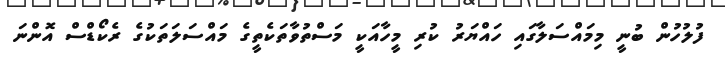
ފުލުހުން ބުނީ މިމައްސަލާގައި ހައްޔަރު ކުރި މީހާއަކީ މަސްތުވާތަކެތީގެ މައްސަލަތަކުގެ ރެކޯޑްސް އޮންނަ